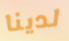
لدينا